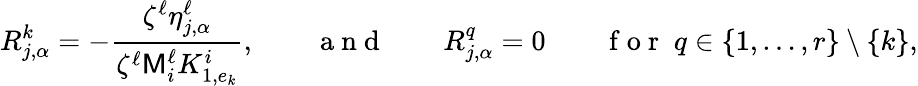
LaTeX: R_{j,\alpha}^{k}=-\frac{\zeta^{\ell}\eta_{j,\alpha}^{\ell}}{\zeta^{\ell}\mathsf{M}_{i}^{\ell}K_{1,e_{k}}^{i}},\qquad\mathrm{~a~n~d~}\qquad R_{j,\alpha}^{q}=0\qquad\mathrm{~f~o~r~}\; q\in\{ 1,\ldots,r\} \setminus\{ k\} ,